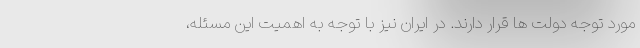
مورد توجه دولت ها قرار دارند. در ایران نیز با توجه به اهمیت این مسئله،